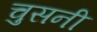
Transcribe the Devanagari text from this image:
चुसनी